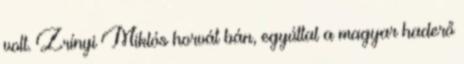
volt. Zrínyi Miklós horvát bán, egyúttal a magyar haderő